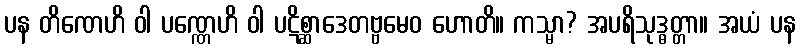
ပန တိဏေဟိ ဝါ ပဏ္ဏေဟိ ဝါ ပဋိစ္ဆာဒေတဗ္ဗမေဝ ဟောတိ။ ကသ္မာ? အပရိသုဒ္ဓတ္တာ။ အယံ ပန